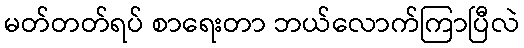
မတ်တတ်ရပ် စာရေးတာ ဘယ်လောက်ကြာပြီလဲ